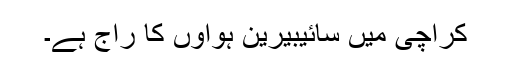
کراچی میں سائیبیرین ہواؤں کا راج ہے۔